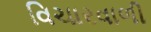
વિચારવાળી